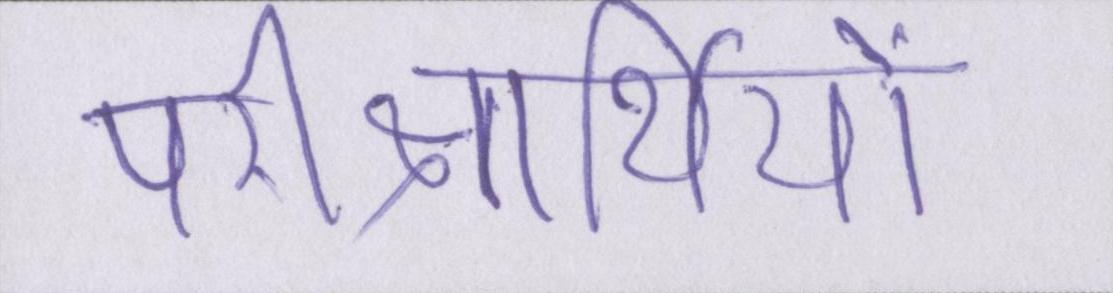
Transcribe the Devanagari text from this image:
परीक्षार्थियों